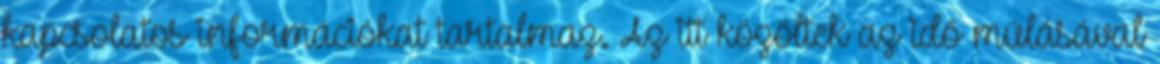
kapcsolatos információkat tartalmaz. Az itt közöltek az idő múlásával